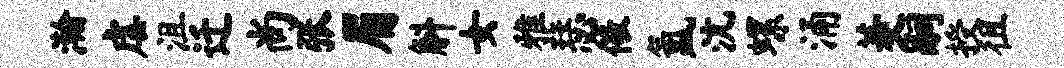
瀚虐沮迁尚张眉斛女雅瑟儆氲沆螺涌菱嗣授徂